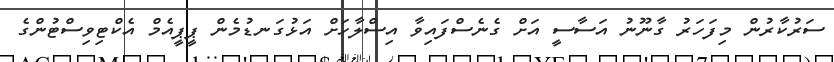
ސަރުކާރުން މިފަހަރު ގާނޫނު އަސާސީ އަށް ގެނެސްފައިވާ އިސްލާހަށް އަޅުގަނޑުމެން ޕީޕީއެމް އެކްޓިވިސްޓުންގެ